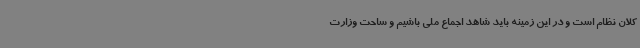
کلان نظام است و در این زمینه باید شاهد اجماع ملی باشیم و ساحت وزارت